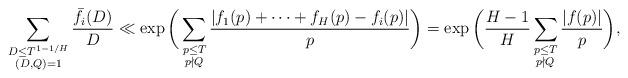
LaTeX: \begin{align*} \sum_{\substack{D \leq T^{1-1/H}\\(D,Q)=1}} \frac{\bar{f}_i(D)}{D} \ll \exp \bigg( \sum_{\substack{ p \leq T \\ p\nmid Q}} \frac{|f_1(p) + \dots + f_H(p) - f_i(p)|}{p} \bigg)= \exp \bigg( \frac{H-1}{H} \sum_{\substack{ p \leq T \\ p\nmid Q}} \frac{|f(p)|}{p} \bigg),\end{align*}